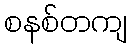
စနစ်တကျ